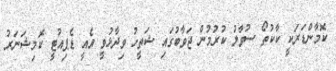
ކޮމާންޑަރަކީ ކާކުތޯ ސުވާލު ކުރުމުން ޖަވާބުގައި ޝަތީހު ވިދާޅުވީ އެއީ ޑެޕިއުޓީ ކޮމިޝަނަރު